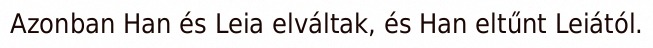
Azonban Han és Leia elváltak, és Han eltűnt Leiától.